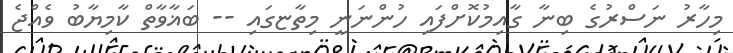
މިހާރު ނަސްރުގެ ބިނާ ގާއިމުކޮށްފައި ހުންނަނީ މިތާޏގައި -- ބަޣާވާތް ކާމިޔާބު ވެއްޖެ